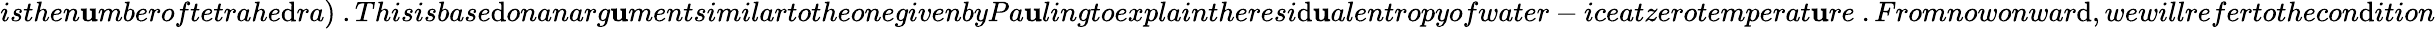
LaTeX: isthen\mathbf{u}mberoftetrahe\mathrm{d}ra)~.Thisisbase\mathrm{d}onanarg\mathbf{u}mentsimilartotheonegivenbyPa\mathbf{u}lingtoexplaintheresi\mathrm{d}\mathbf{u}alentropyofwater-iceatzerotemperat\mathbf{u}re~.Fromnowonwar\mathrm{d},wewillrefertothecon\mathrm{d}ition